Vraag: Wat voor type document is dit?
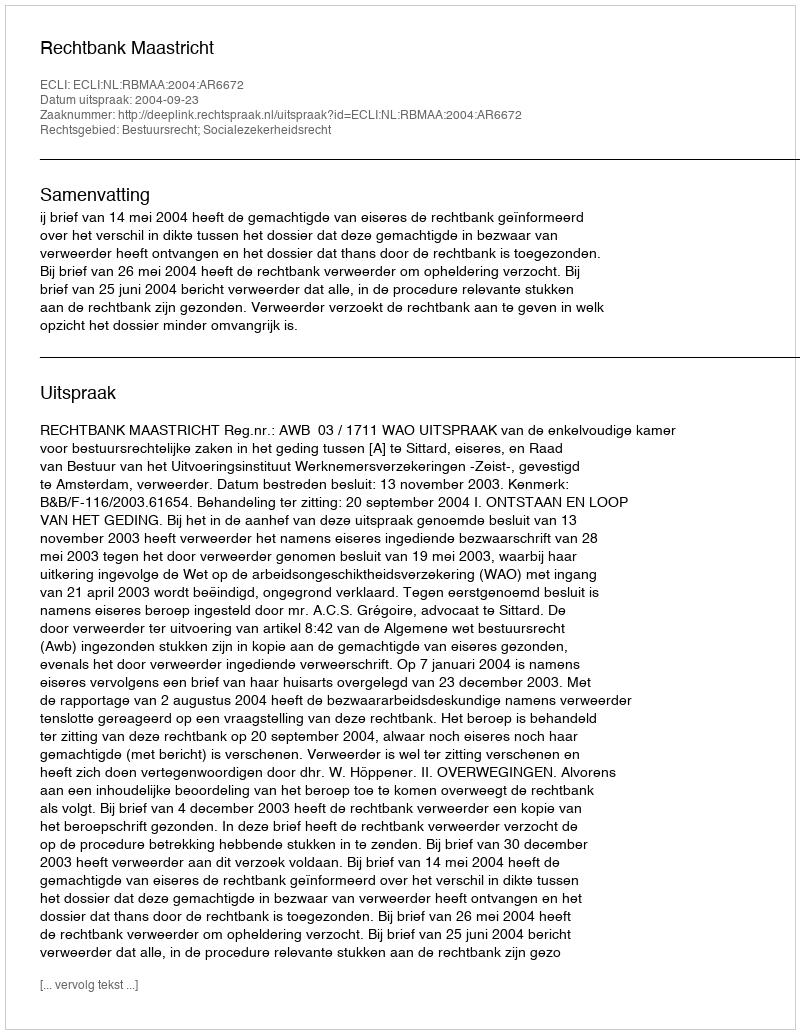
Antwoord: Uitspraak